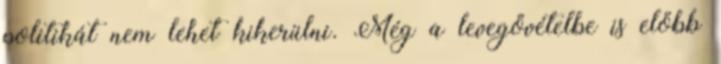
politikát nem lehet kikerülni. Még a levegővételbe is előbb